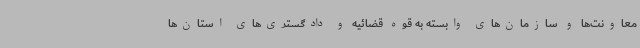
معاونت‌ها و سازمان‌های وابسته به قوه قضائیه و دادگستری‌های استان‌ها